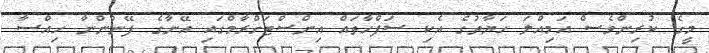
މީގެ ކުރިންވެސް އަމިއްލަ ހަޔާތުގެ އެކި ސަފްހާތައް އިންސްޓަގްރާމްގައި އޭނާގެ ފޭނުންނާ ހިއްސާ